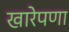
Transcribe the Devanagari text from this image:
खारेपणा